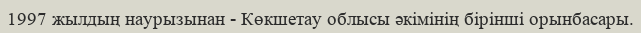
1997 жылдың наурызынан - Көкшетау облысы әкімінің бірінші орынбасары.